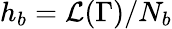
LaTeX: h_{b}=\mathcal{L}(\Gamma)/N_{b}